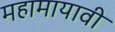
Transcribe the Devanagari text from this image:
महामायावी